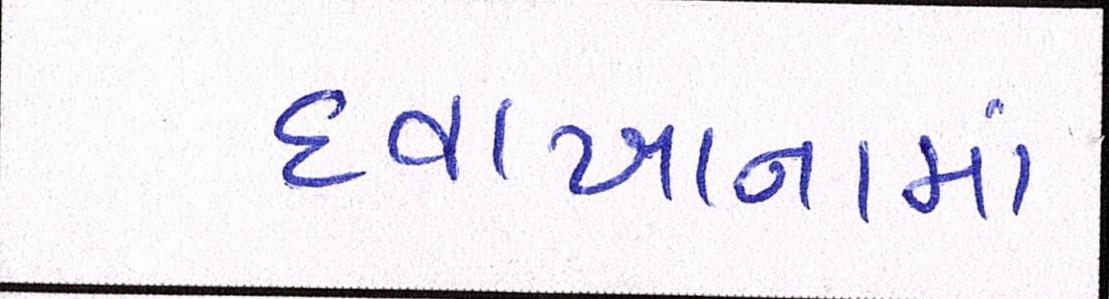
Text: દવાખાનામાં